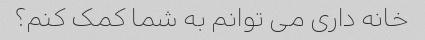
خانه داری می توانم به شما کمک کنم؟